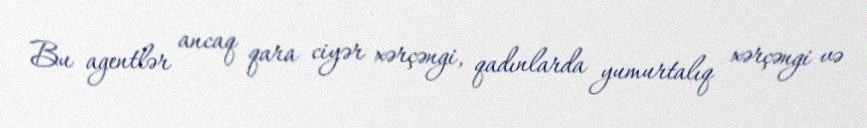
Bu agentlər ancaq qara ciyər xərçəngi, qadınlarda yumurtalıq xərçəngi və